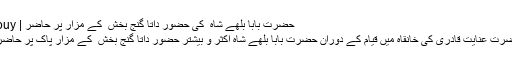
حضرت بابا بلھے شاہ ؒ کی حضور داتا گنج بخش ؒ کے مزار پر حاضر | Books 4 buy
لاہور میں حضرت عنایت قادری کی خانقاہ میں قیام کے دوران حضرت بابا بلھے شاہ اکثر و بیشتر حضور داتا گنج بخش ؒ کے مزار پاک پر حاضر ہوتے تھے۔